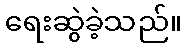
ရေးဆွဲခဲ့သည်။